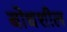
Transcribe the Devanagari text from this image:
बोधशील